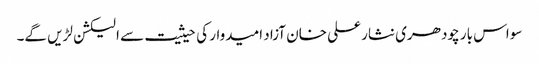
سواس بار چودھری نثار علی خان آزاد امیدوار کی حیثیت سے الیکشن لڑیں گے۔